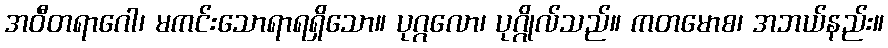
အဝီတရာဂေါ၊ မကင်းသောရာရရှိသော။ ပုဂ္ဂလော၊ ပုဂ္ဂိုလ်သည်။ ကတမောစ၊ အဘယ်နည်း။